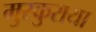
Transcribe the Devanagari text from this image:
मुस्कुराया